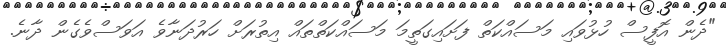
"ދެން އޮފީސް ހުޅުވައި މަސައްކަތް ފަށައިގަތީމަ މަސައްކަތްތައް އިތުރަށް ހަރުދަނާވެ އަވަސްވެގެން ދާނެ.